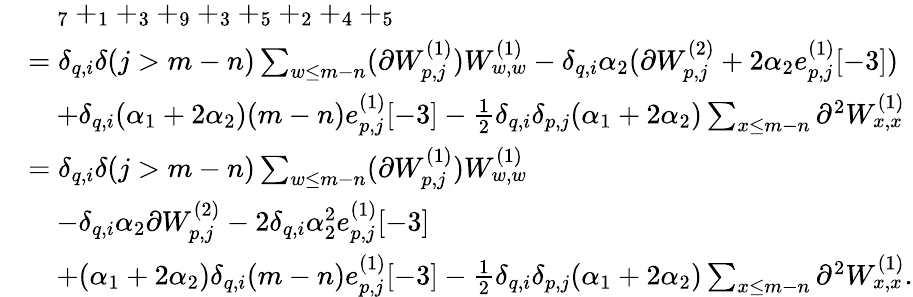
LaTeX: \begin{array}{rl}&{\quad_{7}+_{1}+_{3}+_{9}+_{3}+_{5}+_{2}+_{4}+_{5}}\\ &{=\delta_{q,i}\delta(j>m-n)\sum_{w\leq m-n}(\partial W_{p,j}^{(1)})W_{w,w}^{(1)}-\delta_{q,i}\alpha_{2}(\partial W_{p,j}^{(2)}+2\alpha_{2}e_{p,j}^{(1)}[-3])}\\ &{\quad+\delta_{q,i}(\alpha_{1}+2\alpha_{2})(m-n)e_{p,j}^{(1)}[-3]-\frac{1}{2}\delta_{q,i}\delta_{p,j}(\alpha_{1}+2\alpha_{2})\sum_{x\leq m-n}\partial^{2}W_{x,x}^{(1)}}\\ &{=\delta_{q,i}\delta(j>m-n)\sum_{w\leq m-n}(\partial W_{p,j}^{(1)})W_{w,w}^{(1)}}\\ &{\quad-\delta_{q,i}\alpha_{2}\partial W_{p,j}^{(2)}-2\delta_{q,i}\alpha_{2}^{2}e_{p,j}^{(1)}[-3]}\\ &{\quad+(\alpha_{1}+2\alpha_{2})\delta_{q,i}(m-n)e_{p,j}^{(1)}[-3]-\frac{1}{2}\delta_{q,i}\delta_{p,j}(\alpha_{1}+2\alpha_{2})\sum_{x\leq m-n}\partial^{2}W_{x,x}^{(1)}.}\end{array}